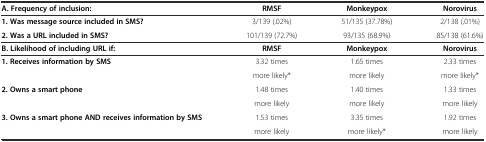
| A. Frequency of inclusion: | RMSF | Monkeypox | Norovirus |
 | --- | --- | --- | --- |
 | 1. Was message source included in SMS? | 3/139 (.02%) | 51/135 (37.78%) | 2/138 (.01%) |
 | 2. Was a URL included in SMS? | 101/139 (72.7%) | 93/135 (68.9%) | 85/138 (61.6%) |
 | B. Likelihood of including URL if: | RMSF | Monkeypox | Norovirus |
 | <ROWSPAN=2> 1. Receives information by SMS | 3.32 times | 1.65 times | 2.33 times |
 | more likely* | more likely | more likely* |
 | <ROWSPAN=2> 2. Owns a smart phone | 1.48 times | 1.40 times | 1.33 times |
 | more likely | more likely | more likely |
 | 3. Owns a smart phone AND receives information by SMS | 1.53 times | 3.35 times | 1.92 times |
 |  | more likely | more likely* | more likely |